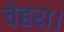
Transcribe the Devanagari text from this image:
चेहरा।